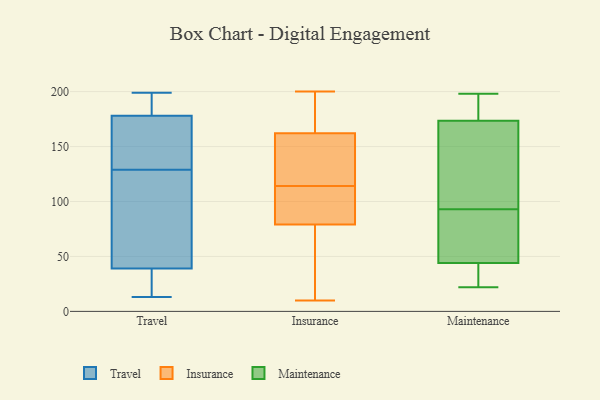
{"axis": {"x": "Bounce Rate (%)", "y": "Value"}, "legend": ["Insurance", "Maintenance", "Travel"], "data": [{"x": "", "y": 122, "type": "Travel"}, {"x": "", "y": 162, "type": "Travel"}, {"x": "", "y": 178, "type": "Travel"}, {"x": "", "y": 195, "type": "Travel"}, {"x": "", "y": 136, "type": "Travel"}, {"x": "", "y": 13, "type": "Travel"}, {"x": "", "y": 15, "type": "Travel"}, {"x": "", "y": 22, "type": "Travel"}, {"x": "", "y": 96, "type": "Travel"}, {"x": "", "y": 169, "type": "Travel"}, {"x": "", "y": 199, "type": "Travel"}, {"x": "", "y": 39, "type": "Travel"}, {"x": "", "y": 74, "type": "Travel"}, {"x": "", "y": 179, "type": "Travel"}, {"x": "", "y": 74, "type": "Insurance"}, {"x": "", "y": 124, "type": "Insurance"}, {"x": "", "y": 145, "type": "Insurance"}, {"x": "", "y": 182, "type": "Insurance"}, {"x": "", "y": 84, "type": "Insurance"}, {"x": "", "y": 10, "type": "Insurance"}, {"x": "", "y": 179, "type": "Insurance"}, {"x": "", "y": 133, "type": "Insurance"}, {"x": "", "y": 200, "type": "Insurance"}, {"x": "", "y": 98, "type": "Insurance"}, {"x": "", "y": 16, "type": "Insurance"}, {"x": "", "y": 104, "type": "Insurance"}, {"x": "", "y": 197, "type": "Maintenance"}, {"x": "", "y": 168, "type": "Maintenance"}, {"x": "", "y": 22, "type": "Maintenance"}, {"x": "", "y": 126, "type": "Maintenance"}, {"x": "", "y": 24, "type": "Maintenance"}, {"x": "", "y": 49, "type": "Maintenance"}, {"x": "", "y": 198, "type": "Maintenance"}, {"x": "", "y": 179, "type": "Maintenance"}, {"x": "", "y": 26, "type": "Maintenance"}, {"x": "", "y": 195, "type": "Maintenance"}, {"x": "", "y": 101, "type": "Maintenance"}, {"x": "", "y": 78, "type": "Maintenance"}, {"x": "", "y": 100, "type": "Maintenance"}, {"x": "", "y": 39, "type": "Maintenance"}, {"x": "", "y": 86, "type": "Maintenance"}, {"x": "", "y": 84, "type": "Maintenance"}]}